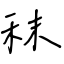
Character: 秣